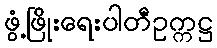
ဖွံ့ဖြိုးရေးပါတီဥက္ကဋ္ဌ